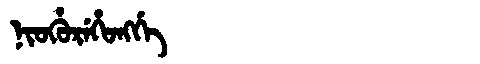
Manchu: ᠨᡳᠣᡥᡠᡵᡝᡥᠣᠩᡤᡝ
Romanization: NIOHUREHONGGE